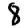
Digit: 8